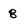
Character: 8